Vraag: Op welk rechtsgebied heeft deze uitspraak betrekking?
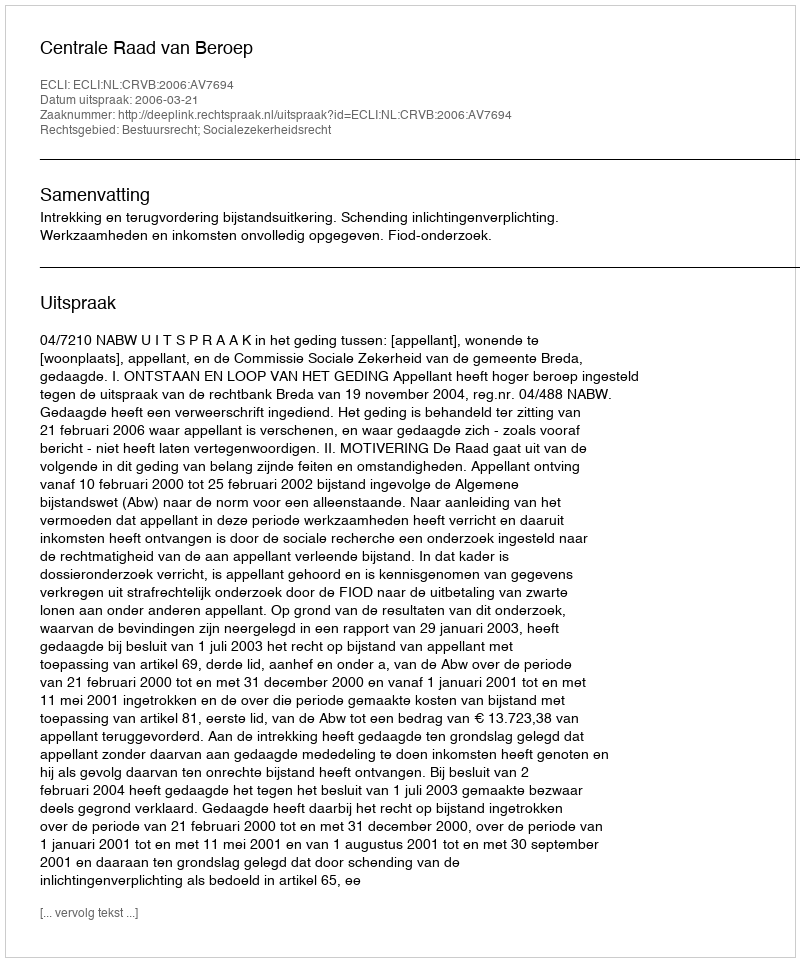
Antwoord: Bestuursrecht; Socialezekerheidsrecht